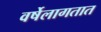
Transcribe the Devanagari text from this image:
वर्षेलागतात